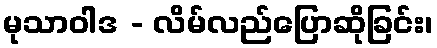
မုသာဝါဒ - လိမ်လည်ပြောဆိုခြင်း၊